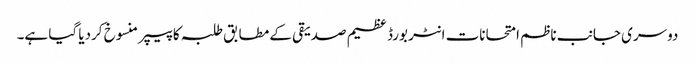
‎دوسری جانب ناظم امتحانات انٹر بورڈ عظیم صدیقی کے مطابق طلبہ کا پیپر منسوخ کردیا گیا ہے۔